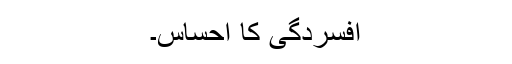
افسردگی کا احساس۔